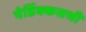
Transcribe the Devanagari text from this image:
पेर्डिक्कसची